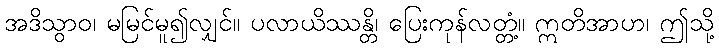
အဒိသွာဝ၊ မမြင်မူ၍လျှင်။ ပလာယိဿန္တိ၊ ပြေးကုန်လတ္တံ့။ ဣတိအာဟ၊ ဤသို့